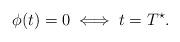
LaTeX: \begin{align*}\phi(t) = 0 \iff t = T^{\star}.\end{align*}